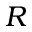
R